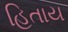
હિતાય